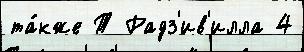
та́кже Т Радз'ив'илла 4